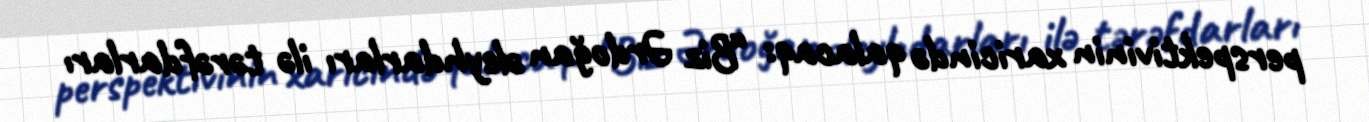
perspektivinin xaricində qalacaq: “Biz Ərdoğan əleyhdarları ilə tərəfdarları